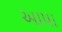
આપા